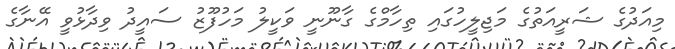
މިއަދުގެ ޝަރީއަތުގެ މަޖިލީހުގައި ތިހާމްގެ ގާނޫނީ ވަކީލު މަހުފޫޒު ސައީދު ވިދާޅުވީ އޭނާގެ